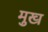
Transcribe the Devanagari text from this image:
मुख्‍ा